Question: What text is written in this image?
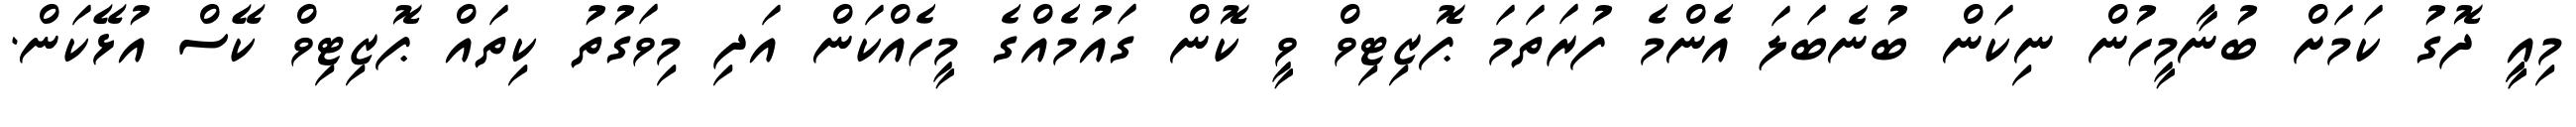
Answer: މިއީީ ދޮގު ކަމަށް ބުނާމީހުން ނިކަން ބުނެބަލަ އެންމެ ފުރަތަމަ ޕޮޒިޓިވް ވީ ކޮން ގައުމެއްގެ މީހެއްކަން އަދި މިވަގުތު ކިތައް ޕޮޒިޓިވް ކޭސް އުޅޭކަން.